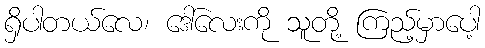
ရှိပါတယ်လေ၊ ဒေါ်လေးကို သူတို့ ကြည့်မှာပေါ့